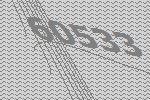
60533